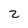
Character: 2